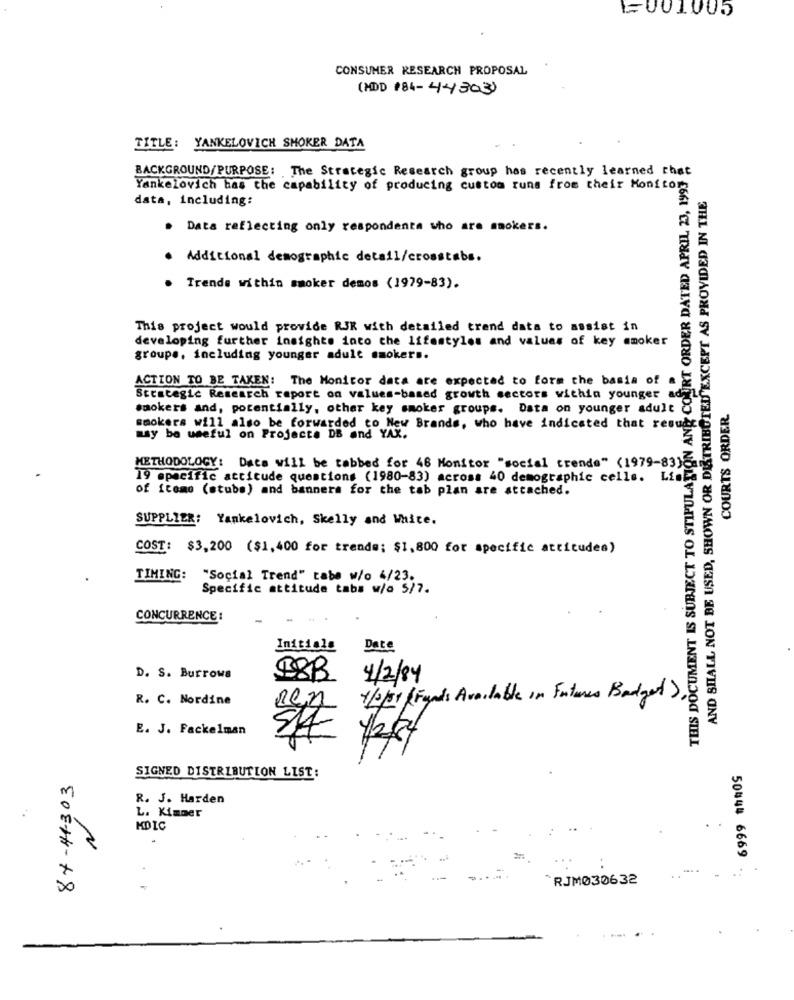
1001005
CONSUMER RESEARCH PROPOSAL
(HDD 184-44303)
TITLE: YANKELOVICH SHOKER DATA
BACKGROUND/PURPOSE: The Strategic Research group has recently learned that
OURT ORDER DATED APRIL 23, 1993
Yankelovich has the capability of producing custom runs from their Monitor
data, including:
AND SHALL NOT BE USED, SHOWN OR DETRIBUTED"EXCEPT AS PROVIDED IN THE
. Data reflecting only respondenta who are smokers.
Additional demographic detail/crosstabs.
Trends within smoker demos (1979-83).
This project would provide RJK with detailed trend data to assist in
developing further insights into the lifestyles and values of key smoker
groups, including younger adult smokers.
ACTION TO BE TAKEN: The Monitor data are expected to form the basis of
Strategic Research report on values-based growth sectors within younger ad
smokers and, potentially, other key smoker groups. Data on younger adult O
COURTS ORDER
smokers will also be forwarded to New Brands, who have indicated that resuts
may be useful on Projecte DS and YAX.
THIS DOCUMENT IS SUBJECT TO STIPULATION
METHODOLOGY: Data will be tabbed for 46 Monitor "social trende" (1979-83)8
19 specific atcicude questions (1980-83) across 40 demographic cells. LisEs
of icomo (stube) and banners for the tab plan are attached.
SUPPLIER: Yankelovich, Skelly and White.
COST: $3,200 ($1,400 for trende; $1,800 for specific attitudes)
TIMING: "Social Trend" tabe w/o 4/23.
Specific attitude tabs w/a 5/7.
CONCURRENCE :
Initiale
Date
D. S. Burrows
18B
4/2/84
R. C. Nordine
1/2/31 ( Funds Available in Futures Badget ),
Ren
E. J. Fackelman
94
SIGNED DISTRIBUTION LIST:
84-44303
R. J. Harden
L. Kimmer
N
KDIC
50444 6669
*RJM030632
..